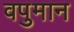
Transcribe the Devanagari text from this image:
वपुमान